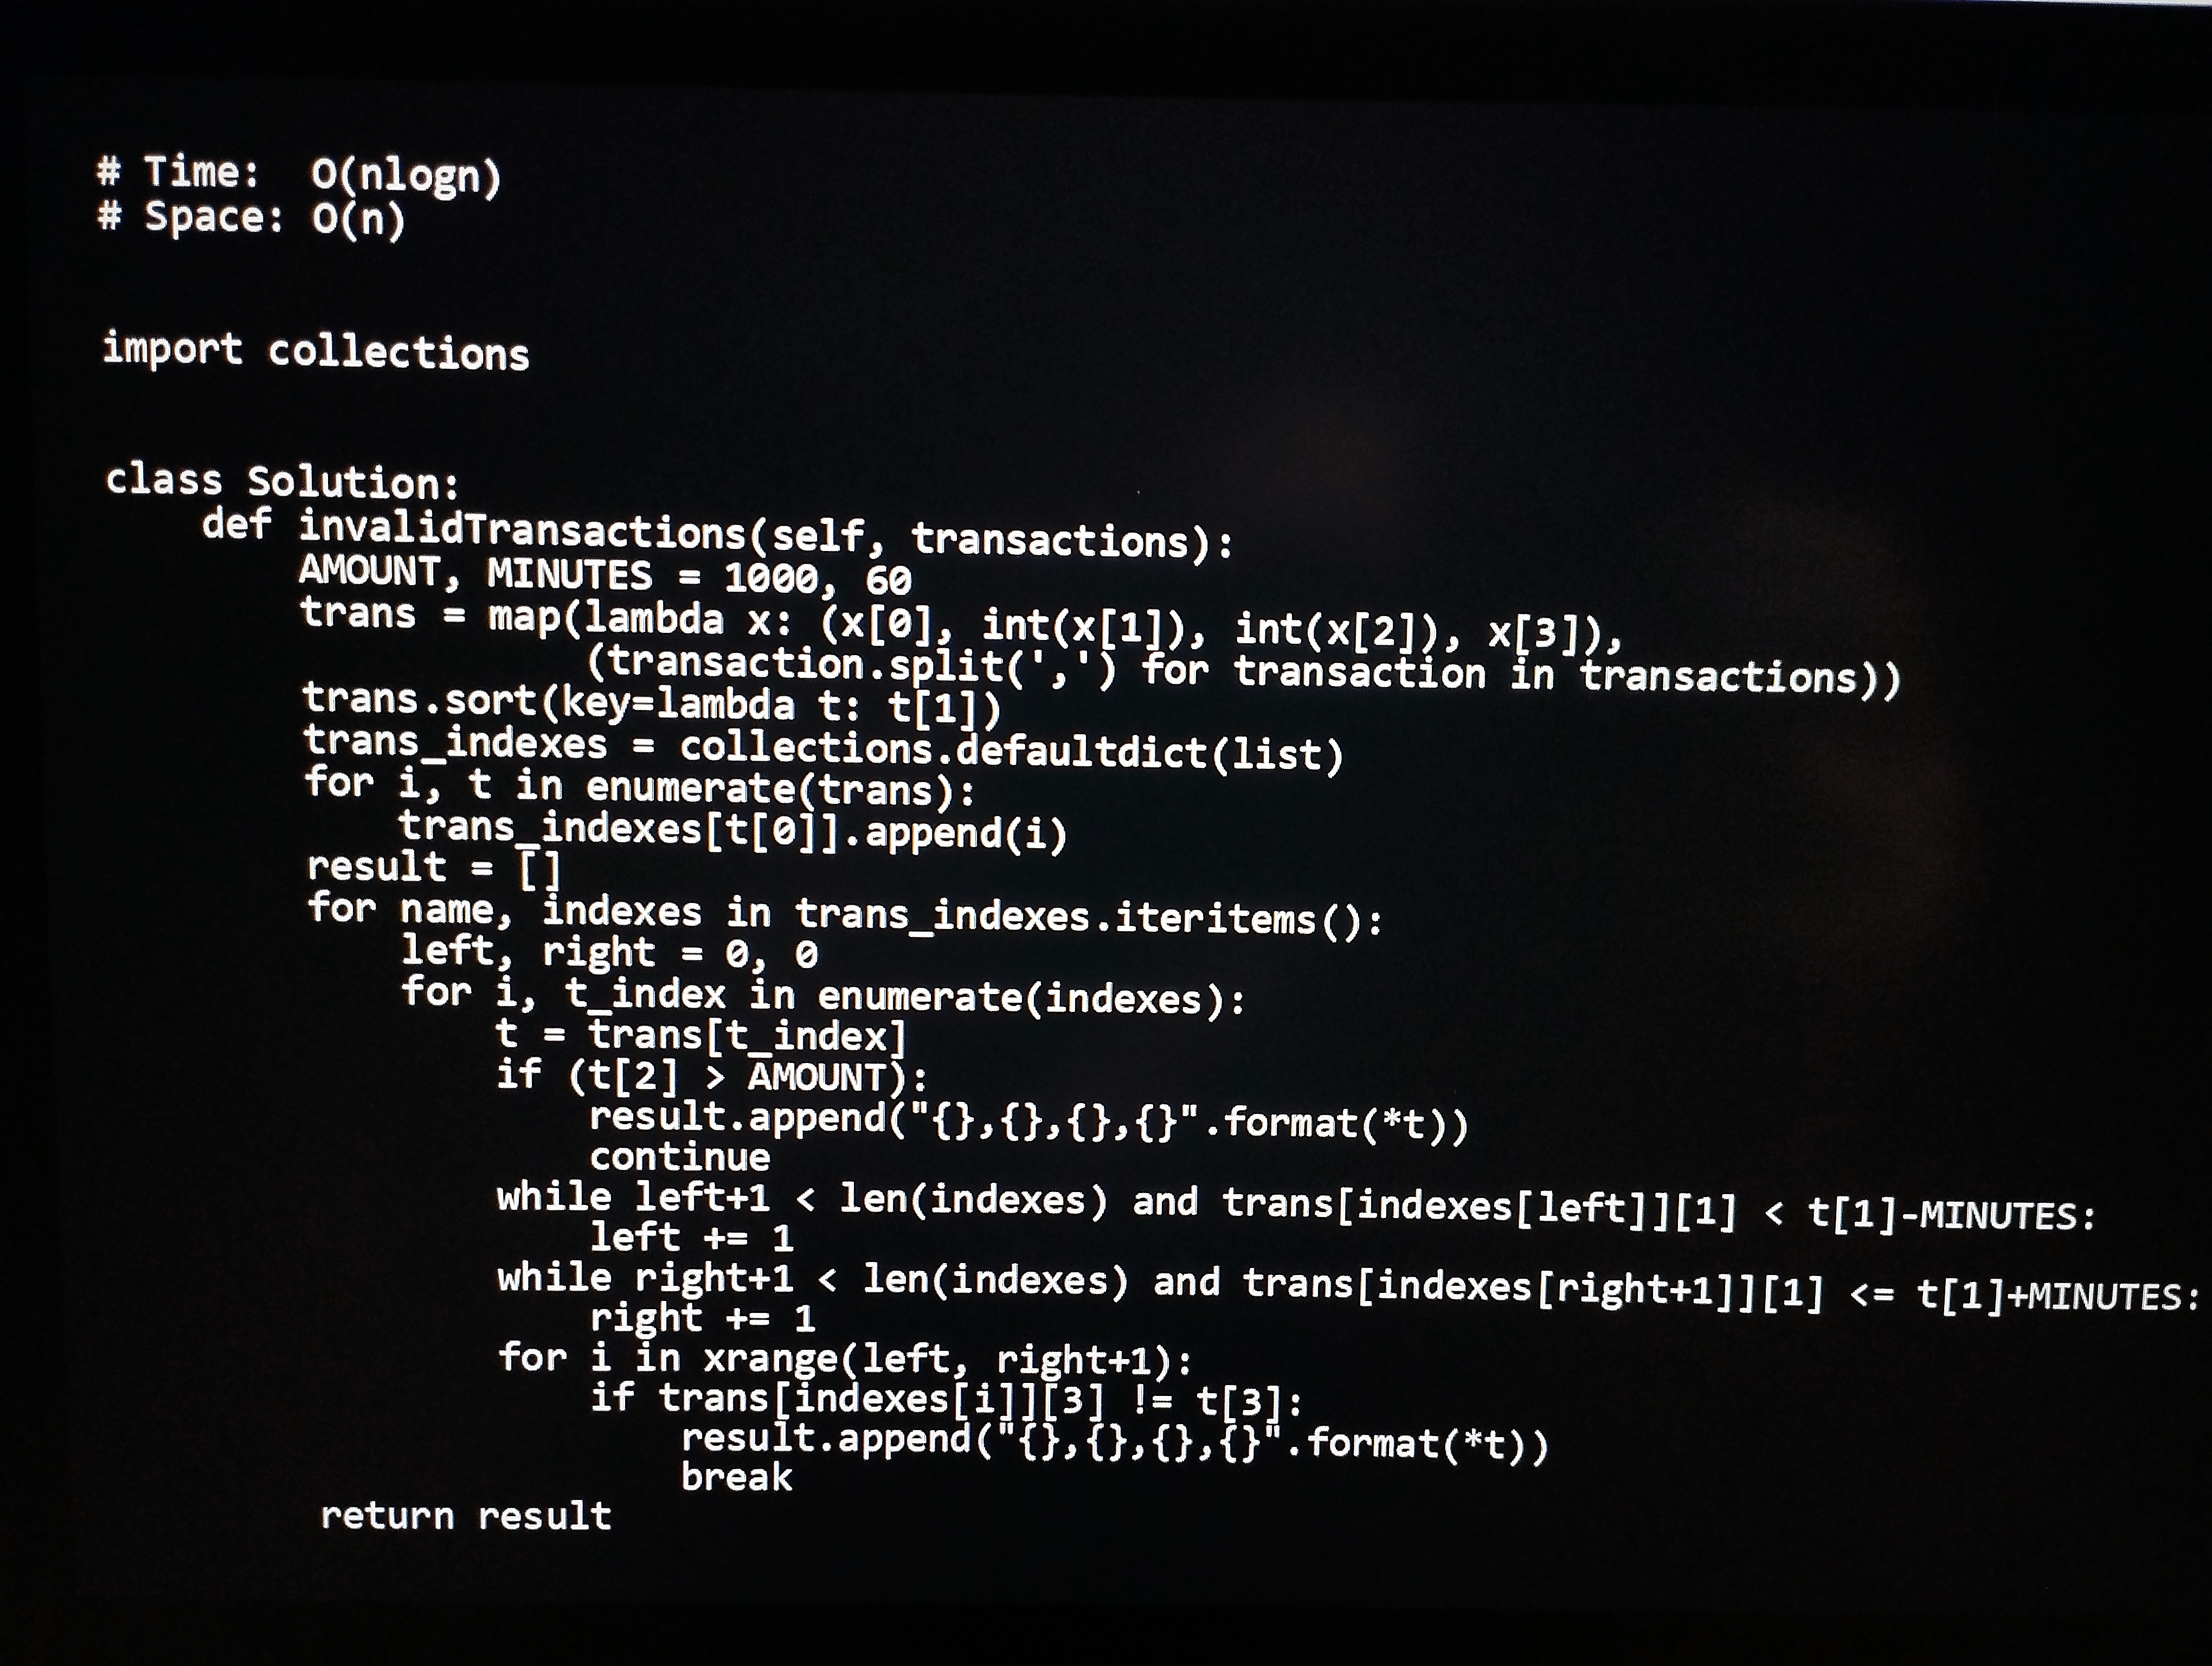
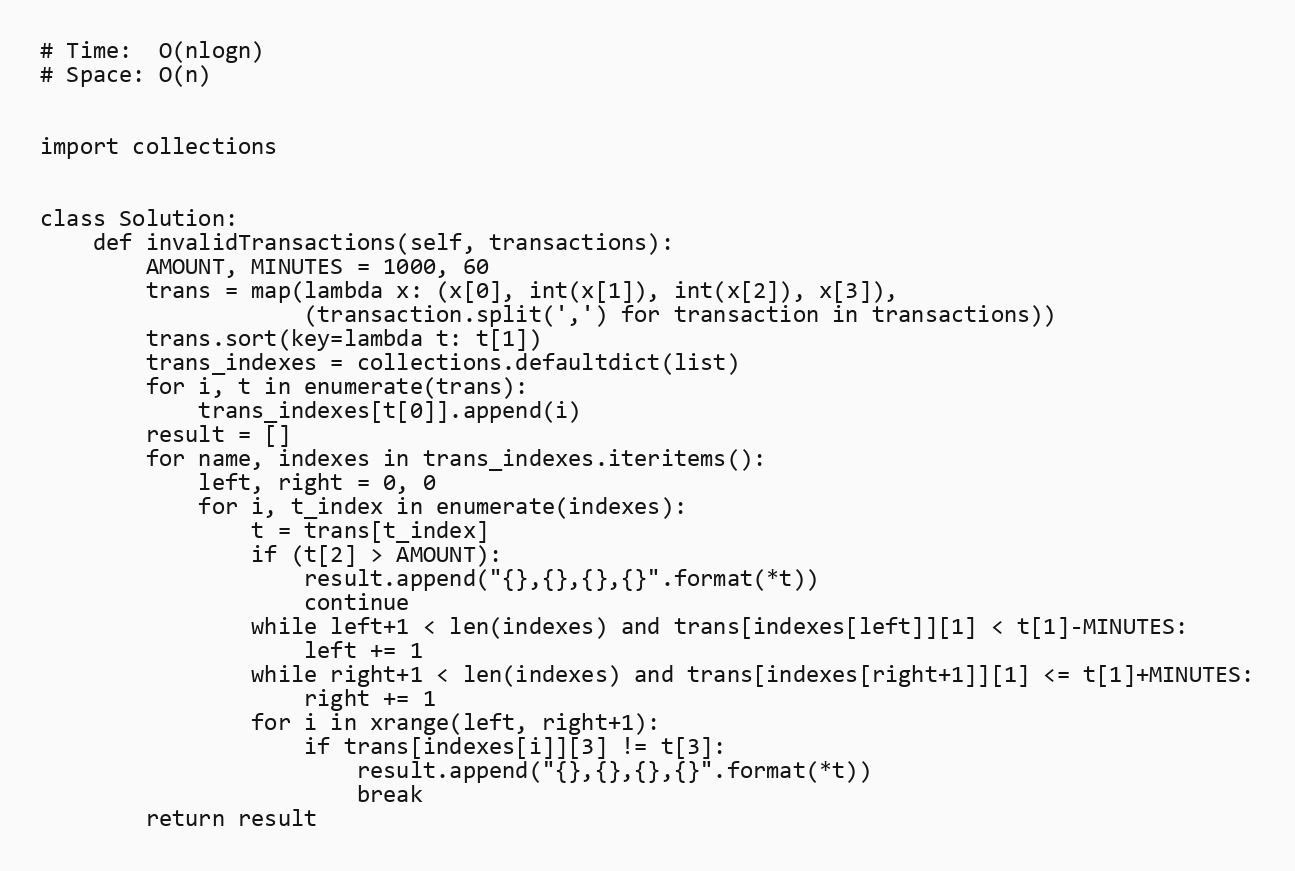
# Time:  O(nlogn)
# Space: O(n)

import collections

class Solution:
    def invalidTransactions(self, transactions):
        AMOUNT, MINUTES = 1000, 60
        trans = map(lambda x: (x[0], int(x[1]), int(x[2]), x[3]),
                    (transaction.split(',') for transaction in transactions))
        trans.sort(key=lambda t: t[1])
        trans_indexes = collections.defaultdict(list)
        for i, t in enumerate(trans):
            trans_indexes[t[0]].append(i)
        result = []
        for name, indexes in trans_indexes.iteritems():
            left, right = 0, 0
            for i, t_index in enumerate(indexes):
                t = trans[t_index]
                if (t[2] > AMOUNT):
                    result.append("{},{},{},{}".format(*t))
                    continue
                while left+1 < len(indexes) and trans[indexes[left]][1] < t[1]-MINUTES:
                    left += 1
                while right+1 < len(indexes) and trans[indexes[right+1]][1] <= t[1]+MINUTES:
                    right += 1
                for i in xrange(left, right+1):
                    if trans[indexes[i]][3] != t[3]:
                        result.append("{},{},{},{}".format(*t))
                        break
        return result